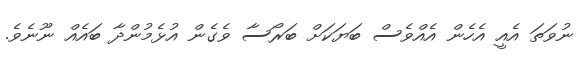
ނުވަތަ އެއީ އެހެން އެއްވެސް ބަޔަކަށް ބަރޯސާ ވެގެން އުޅެމުންދާ ބައެއް ނޫނެވެ.